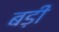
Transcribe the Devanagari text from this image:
बड़ीं